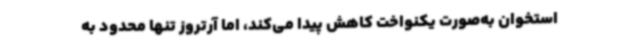
استخوان به‌صورت یکنواخت کاهش پیدا می‌کند، اما آرتروز تنها محدود به